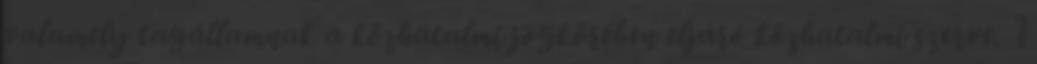
valamely tagállamnak a közhatalmi jogkörében eljáró közhatalmi szerve. 1